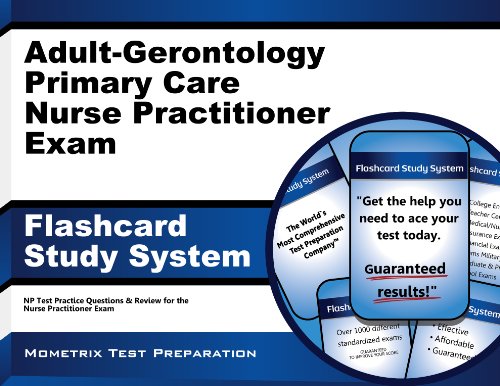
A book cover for Adult-Gerontology Primary Care Nurse Practitioner Exam Flashcard Study System: NP Test Practice Questions & Review for the Nurse Practitioner Exam (Cards); NP Exam Secrets Test Prep Team; Medical Books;